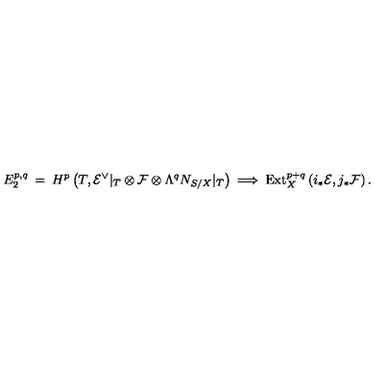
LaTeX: E _ { 2 } ^ { p , q } \: = \: H ^ { p } \left( T , { \cal E } ^ { \vee } | _ { T } \otimes { \cal F } \otimes \Lambda ^ { q } N _ { S / X } | _ { T } \right) \: \Longrightarrow \: \mathrm { E x t } _ { X } ^ { p + q } \left( i _ { * } { \cal E } , j _ { * } { \cal F } \right) .